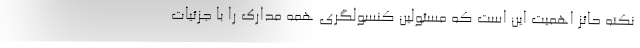
نکته حائز اهمیت این است که مسئولین کنسولگری همه مدارک را با جزئیات